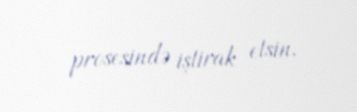
prosesində iştirak etsin.